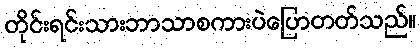
တိုင်းရင်းသားဘာသာစကားပဲပြောတတ်သည်။